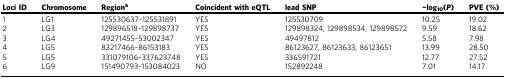
<table><thead><tr><td><b>Loci ID</b></td><td><b>Chromosome</b></td><td><b>Region<sup>a</sup></b></td><td><b>Coincident with eQTL</b></td><td><b>lead SNP</b></td><td><b>−log<sub>10</sub>(<i>P</i>)</b></td><td><b>PVE (%)</b></td></tr></thead><tbody><tr><td>1</td><td>LG1</td><td>125530637–125531891</td><td>YES</td><td>125530709</td><td>10.25</td><td>19.02</td></tr><tr><td>2</td><td>LG3</td><td>129896518–129898737</td><td>YES</td><td>129898324, 129898534, 129898572</td><td>9.59</td><td>18.62</td></tr><tr><td>3</td><td>LG4</td><td>49271455–53002347</td><td>YES</td><td>49497812</td><td>5.58</td><td>7.98</td></tr><tr><td>4</td><td>LG5</td><td>83217466–86153183</td><td>YES</td><td>86123627, 86123633, 86123651</td><td>13.99</td><td>28.50</td></tr><tr><td>5</td><td>LG5</td><td>331079106–337623748</td><td>YES</td><td>336591721</td><td>12.77</td><td>27.52</td></tr><tr><td>6</td><td>LG9</td><td>151490793–153084023</td><td>NO</td><td>152892248</td><td>7.01</td><td>14.17</td></tr></tbody></table>